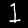
Digit: 1